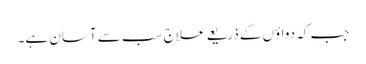
جب کہ دواؤں کے ذریعے علاج سب سے آسان ہے۔